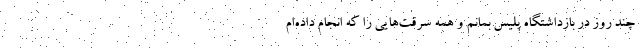
چند روز در بازداشتگاه پلیس بمانم و همه سرقت‌هایی را که انجام داده‌ام